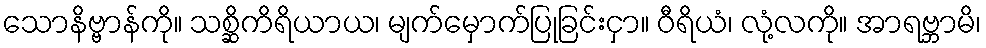
သောနိဗ္ဗာန်ကို။ သစ္ဆိကိရိယာယ၊ မျက်မှောက်ပြုခြင်းငှာ။ ဝီရိယံ၊ လုံ့လကို။ အာရဗ္ဘာမိ၊